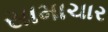
સામાચાર